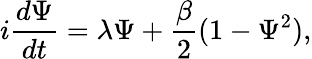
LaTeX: i{\frac{d\Psi}{dt}}=\lambda\Psi+{\frac{\beta}{2}}(1-\Psi^{2}),